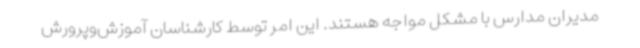
مدیران مدارس با مشکل مواجه هستند. این امر توسط کارشناسان آموزش‌وپرورش